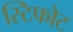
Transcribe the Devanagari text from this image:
स्टिफोट